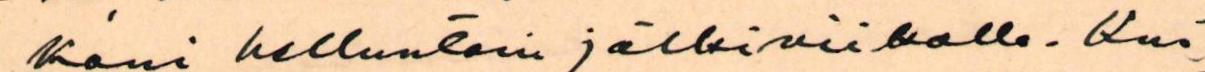
kani helluntain jälkiviikolle. Kui-